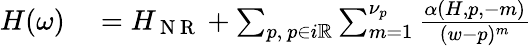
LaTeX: \begin{array}{r}{\begin{array}{rl}{H(\omega)}&{{}=H_{\mathrm{~N~R~}}+\sum_{p,~p\in i\mathbb{R}}\sum_{m=1}^{\nu_{p}}\frac{\alpha(H,p,-m)}{(w-p)^{m}}}\end{array}}\end{array}